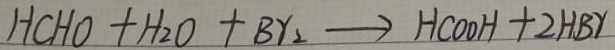
H C H O + H _ { 2 } O + B r _ { 2 } \rightarrow H C O O H + 2 H B r